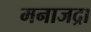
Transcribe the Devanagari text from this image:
मनाजद्रा